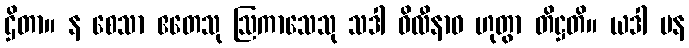
ဌိတာ။ န စေသာ ဧတေသု ဩကာသေသု သဒါ ဝိလီနာဝ ဟုတွာ တိဋ္ဌတိ။ ယဒါ ပန